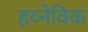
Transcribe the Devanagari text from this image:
हव्नेविक